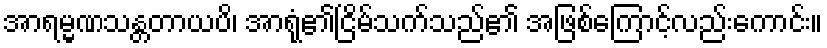
အာရမ္မဏသန္တတာယပိ၊ အာရုံ၏ငြိမ်သက်သည်၏ အဖြစ်ကြောင့်လည်းကောင်း။